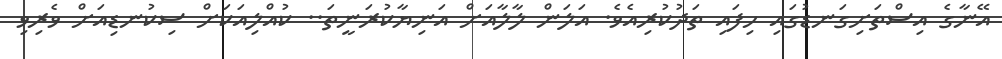
އޭނާގެ އިސްތަށިގަނޑުގައި ހިފައި ތަދުކުރިއެވެ. އަލަން ލާލާއަށް އަނިޔާކުރަނީތަ.. ކުއްލިއަކަށް ސިކުނޑިއަށް ވެރިވި